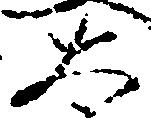
太